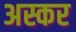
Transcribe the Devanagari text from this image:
अस्कर